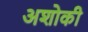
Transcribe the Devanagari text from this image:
अशोकी